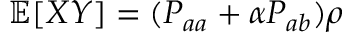
\mathbb { E } [ X Y ] = ( P _ { a a } + \alpha P _ { a b } ) \rho